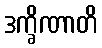
ဒက္ခိဏာတိ